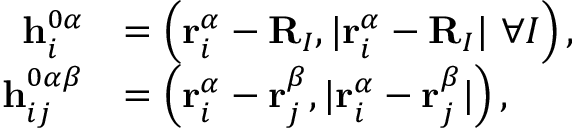
\begin{array} { r l } { \mathbf { h } _ { i } ^ { 0 \alpha } } & { = \left( \mathbf { r } _ { i } ^ { \alpha } - \mathbf { R } _ { I } , | \mathbf { r } _ { i } ^ { \alpha } - \mathbf { R } _ { I } | \ \forall I \right) , } \\ { \mathbf { h } _ { i j } ^ { 0 \alpha \beta } } & { = \left( \mathbf { r } _ { i } ^ { \alpha } - \mathbf { r } _ { j } ^ { \beta } , | \mathbf { r } _ { i } ^ { \alpha } - \mathbf { r } _ { j } ^ { \beta } | \right) , } \end{array}